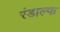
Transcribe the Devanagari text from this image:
रंडाल्फ